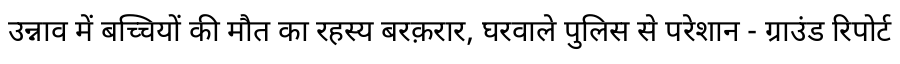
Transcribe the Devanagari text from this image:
उन्नाव में बच्चियों की मौत का रहस्य बरक़रार, घरवाले पुलिस से परेशान - ग्राउंड रिपोर्ट